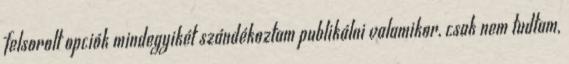
felsorolt opciók mindegyikét szándékoztam publikálni valamikor, csak nem tudtam,